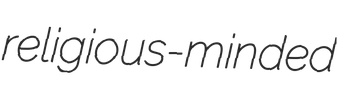
religious-minded